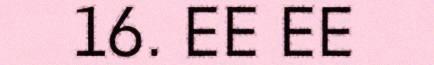
16. EE EE